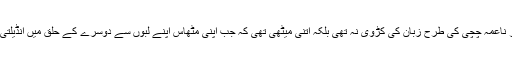
فضہ چچی مہتاب تائی اور ناعمہ چچی کی طرح زبان کی کڑوی نہ تھی بلکہ اتنی میٹھی تھی کہ جب اپنی مٹھاس اپنے لبوں سے دوسرے کے حلق میں انڈیلتی تو وہاں کانٹے اگ جاتے۔